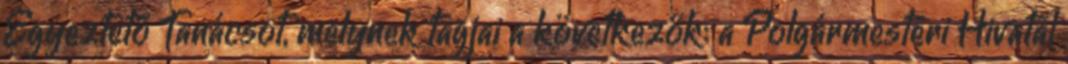
Egyeztető Tanácsot, melynek tagjai a következők: a Polgármesteri Hivatal